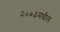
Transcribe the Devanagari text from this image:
२००३मधील